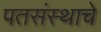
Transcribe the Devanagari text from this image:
पतसंस्थाचे